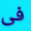
فى